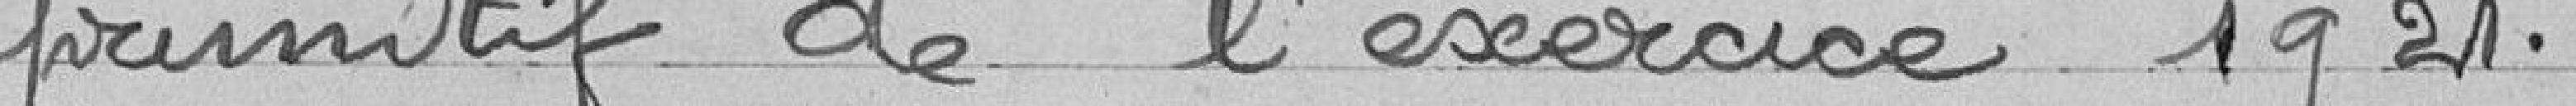
primitif de l'exercice 1921.